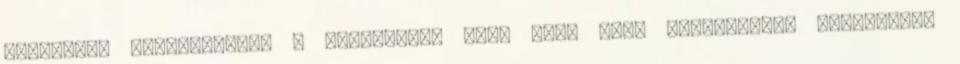
Szószedet angol-magyar A hírlevélre való fel- vagy leiratkozás beállítása